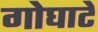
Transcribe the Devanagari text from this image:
गोघाटे